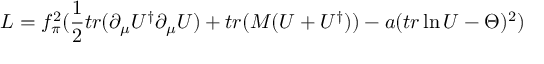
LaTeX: { \cal { L } } = f _ { \pi } ^ { 2 } ( \frac { 1 } { 2 } t r ( \partial _ { \mu } U ^ { \dagger } \partial _ { \mu } U ) + t r ( M ( U + U ^ { \dagger } ) ) - a ( t r \ln U - \Theta ) ^ { 2 } )